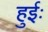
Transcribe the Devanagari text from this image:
हुईः